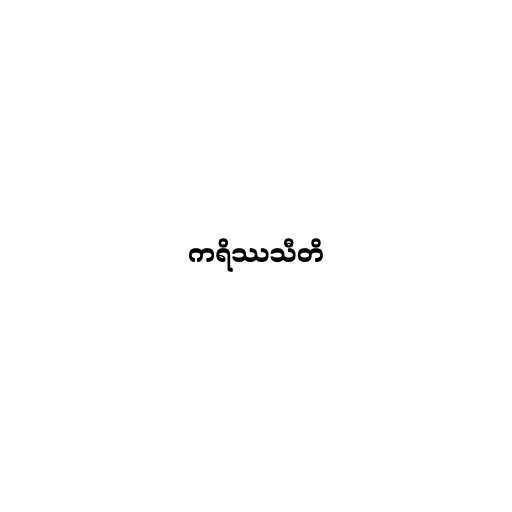
ကရိဿသီတိ